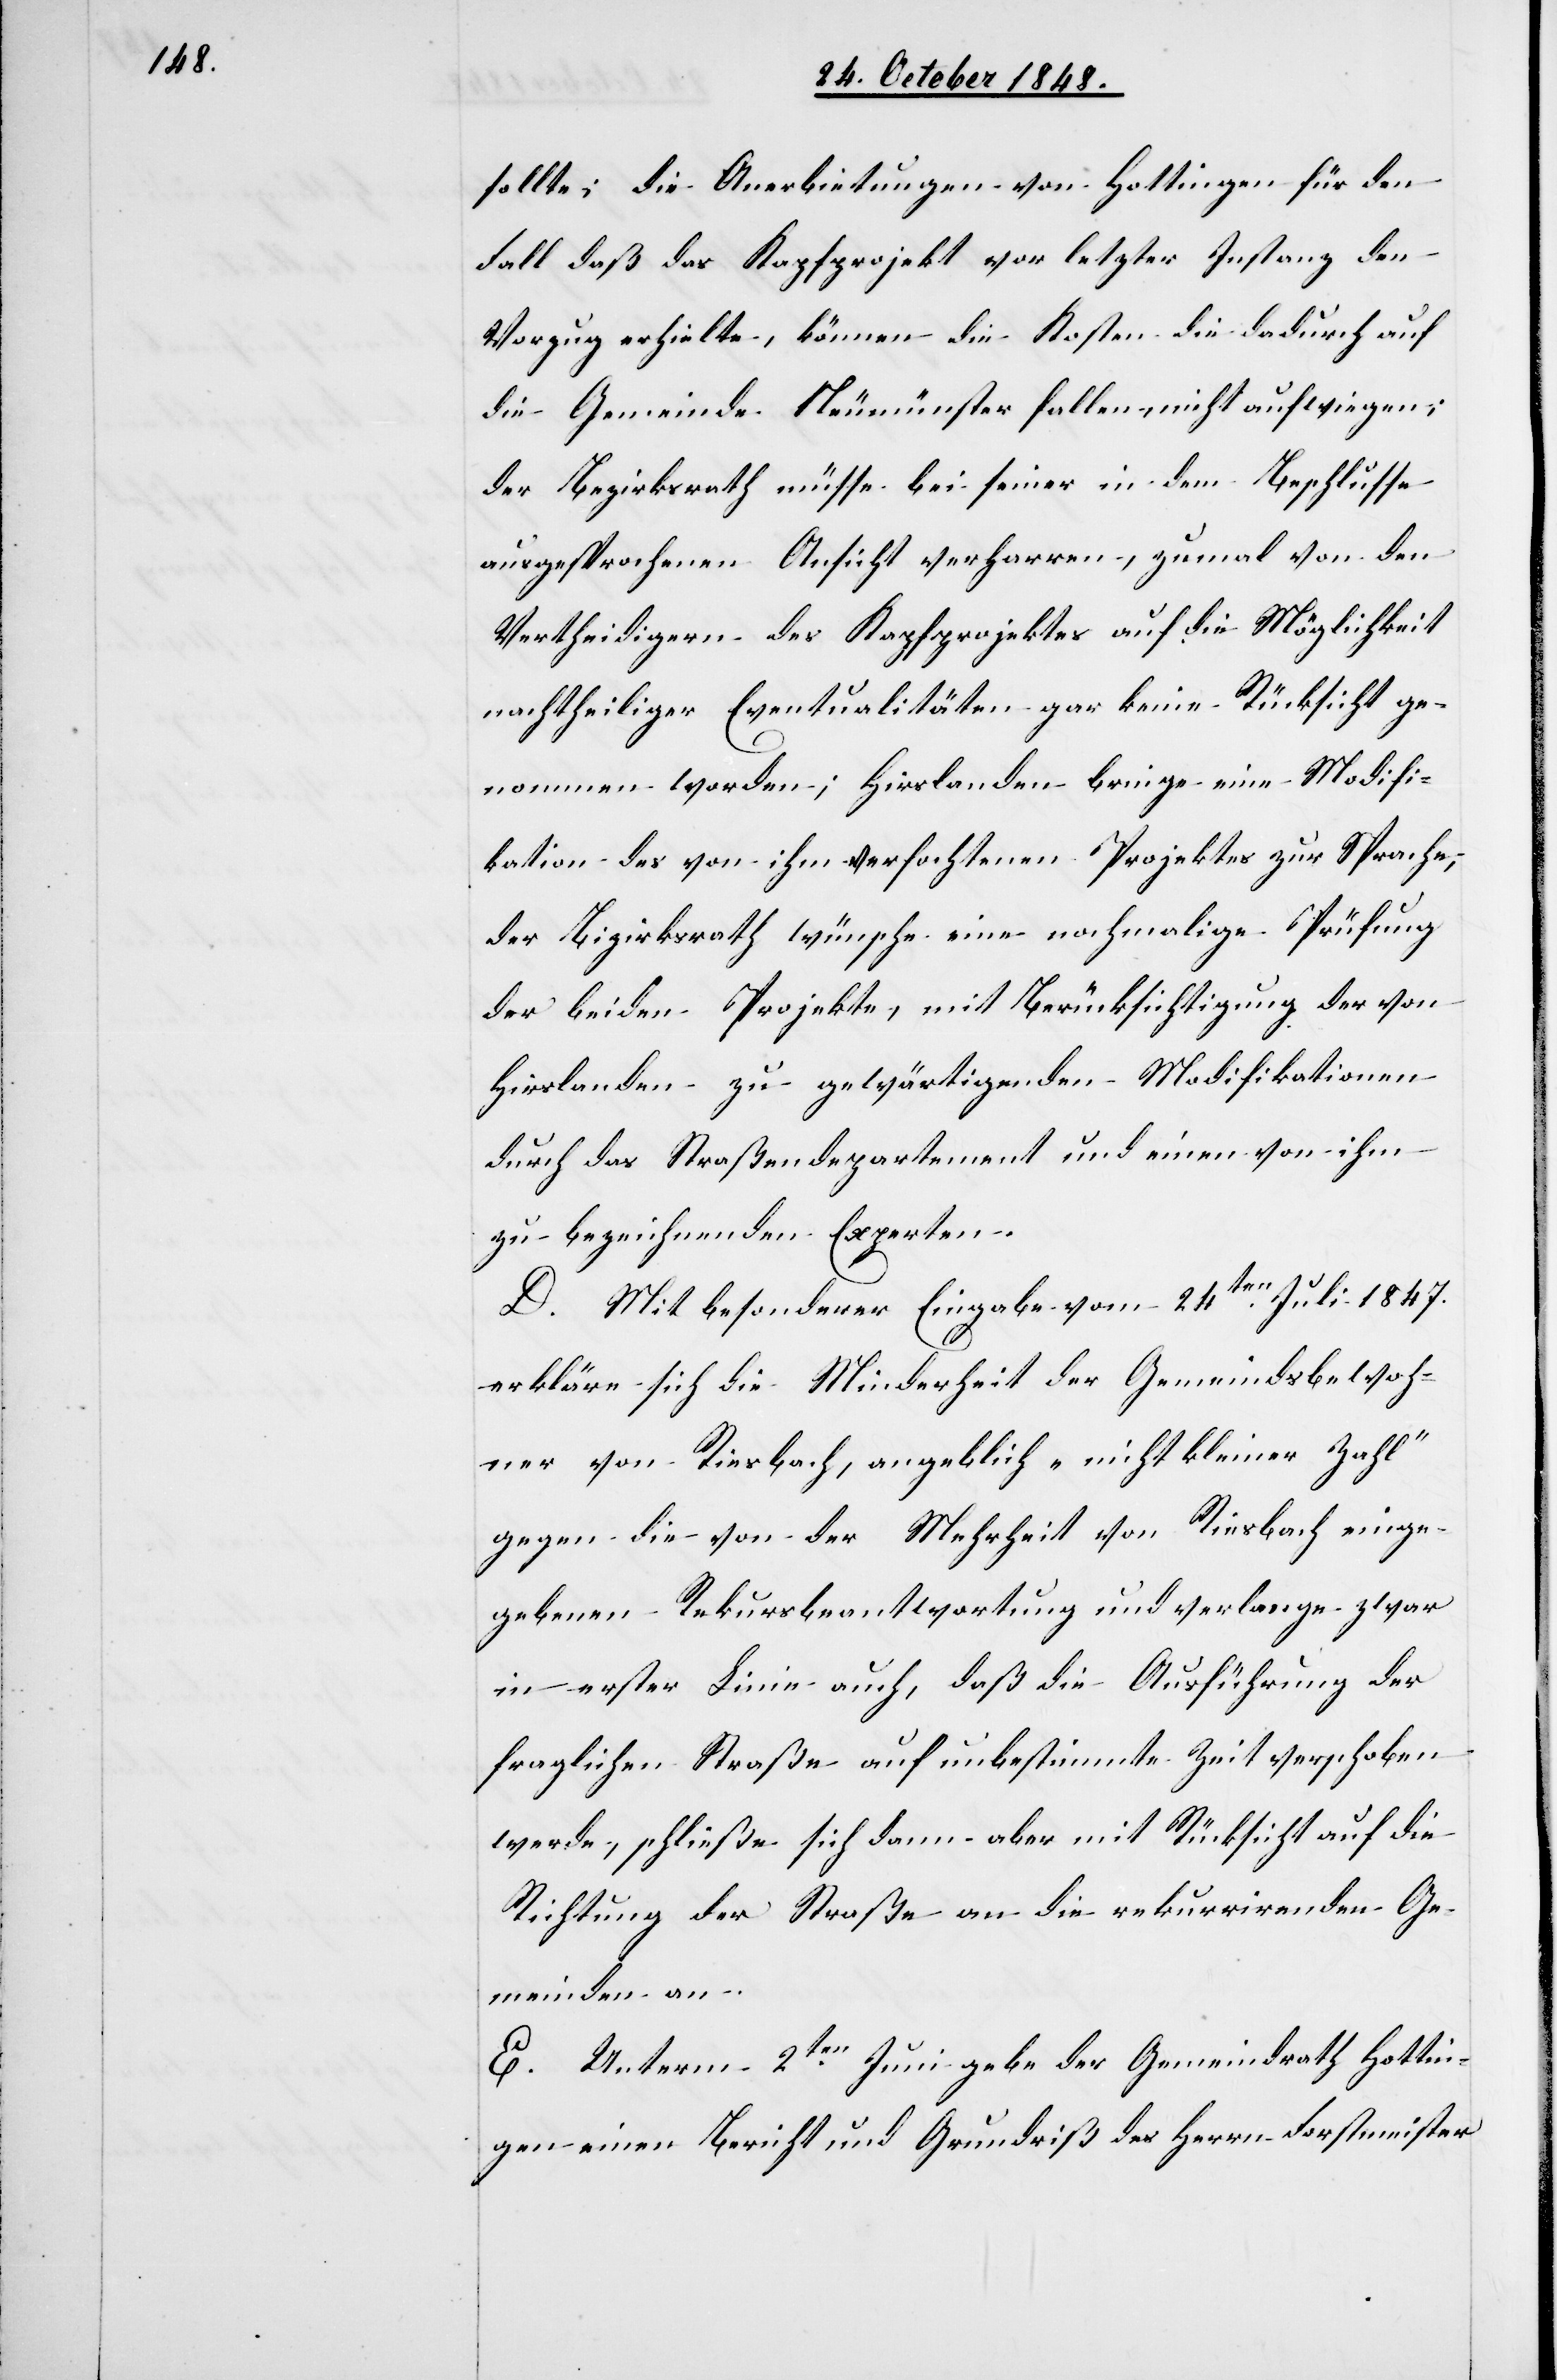
sollte; die Anerbietungen von Hottingen für den
Fall daß das Kapfprojekt vor letzter Instanz den
Vorzug erhielte, können die Kosten die dadurch auf
die Gemeinde Neumünster fallen, nicht aufwiegen;
der Bezirksrath müsse bei seiner in dem Beschlusse
ausgesprochenen Ansicht verharren, zumal von den
Vertheidigern des Kapfprojektes auf die Möglichkeit
nachtheiliger Eventualitäten gar keine Rücksicht ge¬
nommen worden; Hirslanden bringe eine Modifi¬
kation des von ihm verfochtenen Projektes zur Sprache,
der Bezirksrath wünsche eine nochmalige Prüfung
der beiden Projekte, mit Berücksichtigung der von
Hirslanden zu gewärtigenden Modifikationen
durch das Straßendepartement und einen von ihm
zu bezeichnenden Experten.
D. Mit besonderer Eingabe vom 24ten Juli 1847.
erkläre sich die Minderheit der Gemeindsbewoh¬
ner von Riesbach, angeblich „nicht kleiner Zahl“
gegen die von der Mehrheit von Riesbach einge¬
gebenen Rekursbeantwortung und verlange zwar
in erster Linie auch, daß die Ausführung der
fraglichen Straße auf unbestimmte Zeit verschoben
werde, schließe sich dann aber mit Rücksicht auf die
Richtung der Straße an die rekurrirenden Ge¬
meinden an.
E. Unterm 2ten Juni gebe der Gemeindrath Hottin¬
gen einen Bericht und Grundriß des Herrn Forstmeister